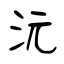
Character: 沅